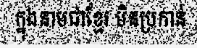
ក្នុងនាមជាខ្មែរ មិនប្រកាន់